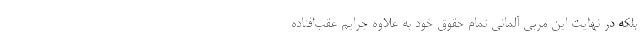
بلکه در نهایت این مربی آلمانی تمام حقوق خود به علاوه جرایم عقب‌افتاده